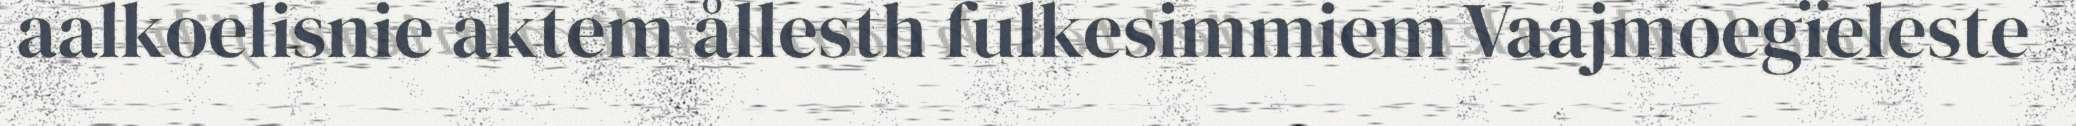
aalkoelisnie aktem ållesth fulkesimmiem Vaajmoegïeleste